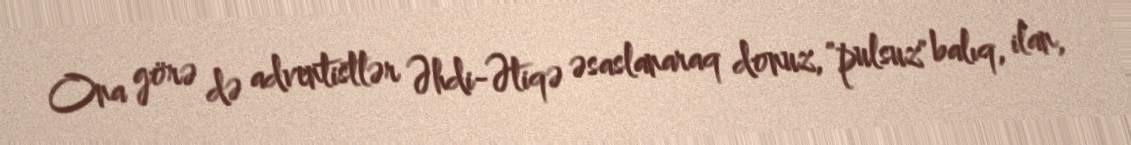
Ona görə də adventistlər Əhdi-Ətiqə əsaslanaraq donuz, "pulsuz" balıq, ilan,